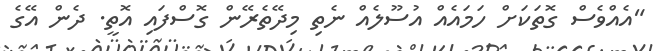
"އެއްވެސް ގޮތަކަށް ހަމައެއް އުސޫލެއް ނެތި މިދޭތެރޭން ގޮސްފައި އޮތީ. ދެން އޭގެ